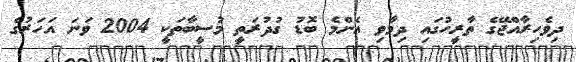
ދިވެހިރާއްޖޭގެ ތާރީހުގައި ދިމާވި އެންމެ ބޮޑު ގުދުރަތީ މުސީބާތަކީ 2004 ވަނަ އަހަރުގެ